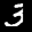
Label: 3